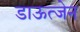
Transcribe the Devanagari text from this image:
डाऊत्जेन